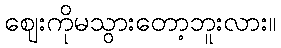
ဈေးကိုမသွားတော့ဘူးလား။